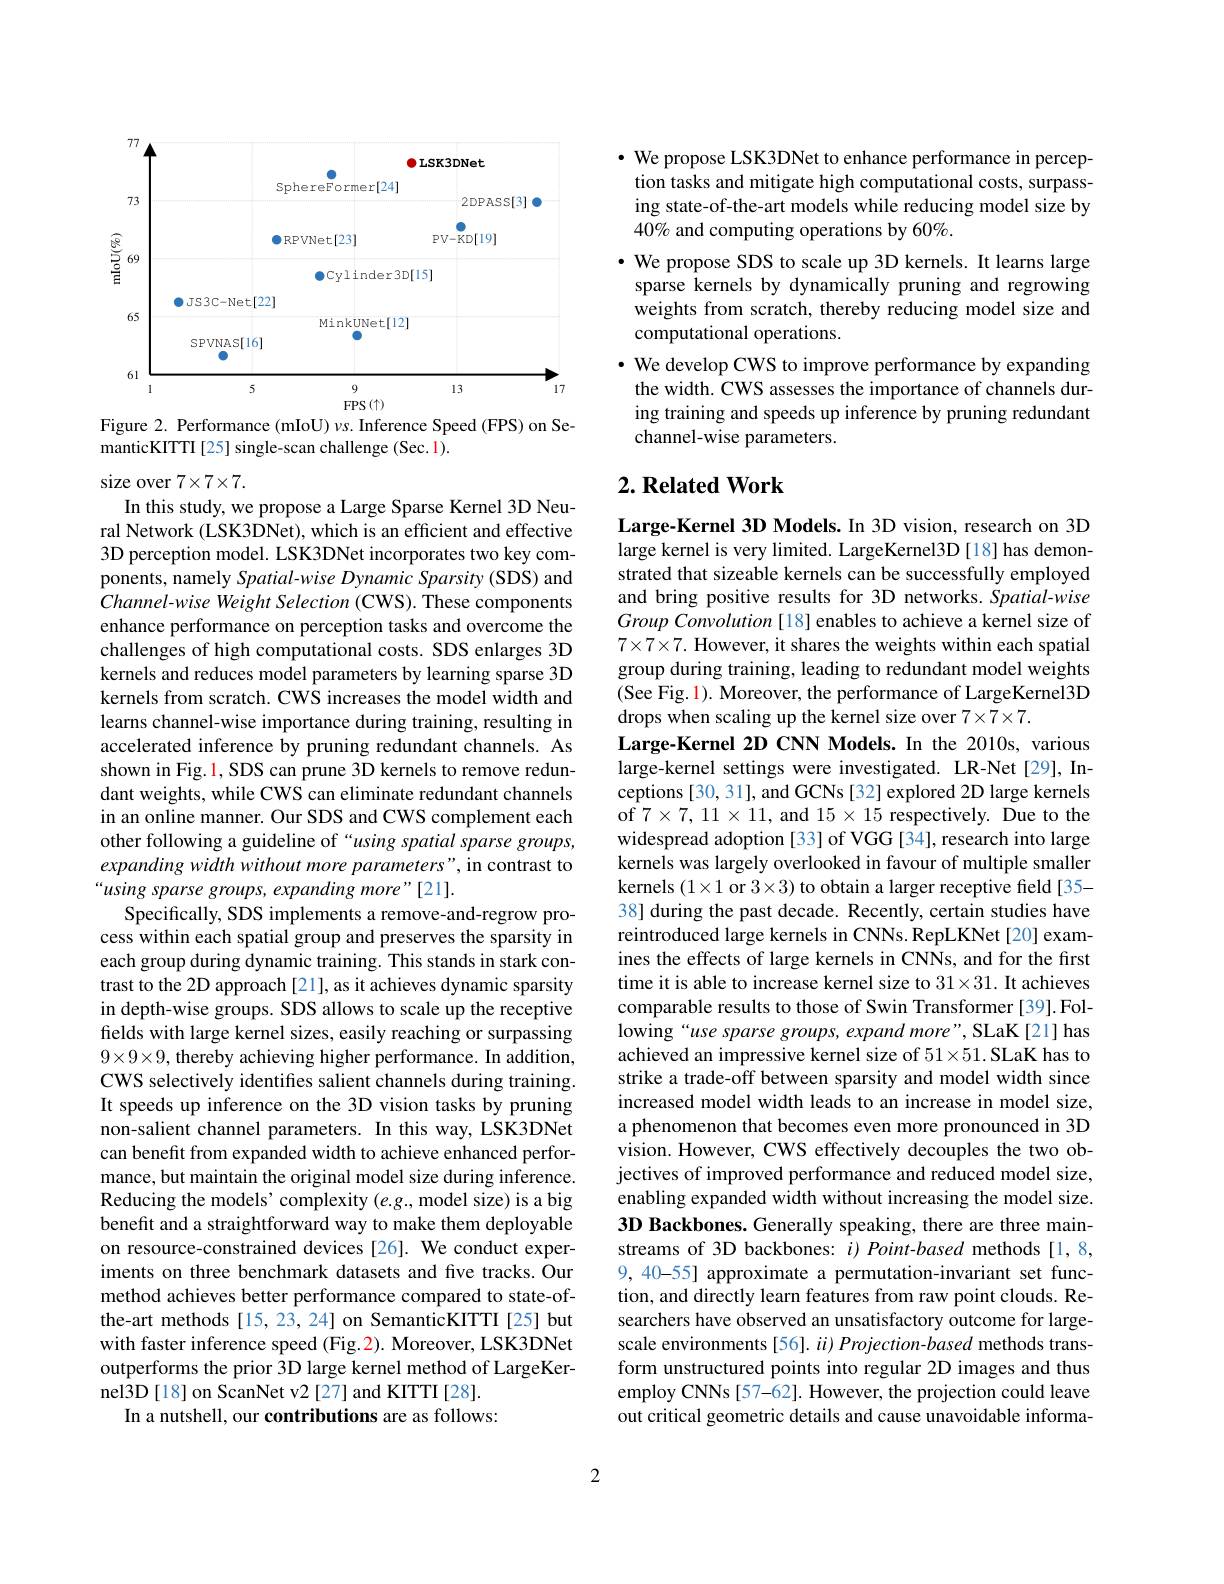
<FigureHere>
Figure 2. Performance (mIoU) $\nu s.$ Inference Speed (FPS) on Se-

manticKITTI [25] single-scan challenge (Sec. 1).

size over $7\times7\times7.$
In this study, we propose a Large Sparse Kernel 3D Neural Network (LSK3DNet), which is an efficient and effective 3D perception model. LSK3DNet incorporates two key components, namely Spatial-wise Dynamic Sparsity (SDS) and Channel-wise Weight Selection (CWS). These components enhance performance on perception tasks and overcome the challenges of high computational costs. SDS enlarges 3D kernels and reduces model parameters by learning sparse 3D kernels from scratch. CWS increases the model width and learns channel-wise importance during training, resulting in accelerated inference by pruning redundant channels. As shown in Fig. 1, SDS can prune 3D kernels to remove redundant weights, while CWS can eliminate redundant channels in an online manner. Our SDS and CWS complement each other following a guideline of“using spatial sparse groups, expanding width without more parameters", in contrast to “using sparse groups, expanding more"[21].
Specifically, SDS implements a remove-and-regrow process within each spatial group and preserves the sparsity in each group during dynamic training. This stands in stark contrast to the 2D approach [21], as it achieves dynamic sparsity in depth-wise groups. SDS allows to scale up the receptive fields with large kernel sizes, easily reaching or surpassing $9\times9\times9$, thereby achieving higher performance. In addition, CWS selectively identifies salient channels during training. It speeds up inference on the 3D vision tasks by pruning non-salient channel parameters. In this way, LSK3DNet can benefit from expanded width to achieve enhanced performance, but maintain the original model size during inference. Reducing the models' complexity (e.g., model size) is a big benefit and a straightforward way to make them deployable on resource-constrained devices [26]. We conduct experiments on three benchmark datasets and five tracks. Our method achieves better performance compared to state-ofthe-art methods [15,23,24] on SemanticKITTI[25] but with faster inference speed (Fig.2). Moreover, LSK3DNet outperforms the prior 3D large kernel method of LargeKernel3D[18] on ScanNet v2[27] and KITTI[28].
In a nutshell, our contributions are as follows:

$\cdot$ We propose LSK3DNet to enhance performance in perception tasks and mitigate high computational costs, surpassing state-of-the-art models while reducing model size by 40% and computing operations by 60%.
$\bullet$ We propose SDS to scale up 3D kernels. It learns large sparse kernels by dynamically pruning and regrowing weights from scratch, thereby reducing model size and computational operations.
· We develop CWS to improve performance by expanding
the width. CWS assesses the importance of channels during training and speeds up inference by pruning redundant channel-wise parameters.

## $2. \textbf{ Related Work}$

Large-Kernel 3D Models. In 3D vision, research on 3D large kernel is very limited. LargeKernel3D [18] has demonstrated that sizeable kernels can be successfully employed and bring positive results for 3D networks. Spatial-wise Group Convolution [18] enables to achieve a kernel size of $7\times7\times7.$ However, it shares the weights within each spatial group during training, leading to redundant model weights (See Fig. 1). Moreover, the performance of LargeKernel3D drops when scaling up the kernel size over 7×7×7.
Large-Kernel 2D CNN Models. In the 2010s, various large-kernel settings were investigated. LR-Net [29], Inceptions [30, 31], and GCNs [32] explored 2D large kernels of $7\times7,11\times11$,and $15\times15$ respectively. Due to the widespread adoption [33] of VGG [34], research into large kernels was largely overlooked in favour of multiple smaller kernels $(1\times1$ or $3\times3)$ to obtain a larger receptive field [35- 38] during the past decade. Recently, certain studies have reintroduced large kernels in CNNs. RepLKNet [20] examines the effects of large kernels in CNNs, and for the first time it is able to increase kernel size to $31\times31.$ It achieves comparable results to those of Swin Transformer [39].Following “use sparse groups, expand more”, SLaK[21] has achieved an impressive kernel size of $51\times51.$ SLaK has to strike a trade-off between sparsity and model width since increased model width leads to an increase in model size, a phenomenon that becomes even more pronounced in 3D vision. However, CWS effectively decouples the two objectives of improved performance and reduced model size, enabling expanded width without increasing the model size. 3D Backbones. Generally speaking, there are three mainstreams of 3D backbones: $i) \textit{Point- based methods[ 1, 8, }$ 9,40-55] approximate a permutation-invariant set function, and directly learn features from raw point clouds. Researchers have observed an unsatisfactory outcome for largescale environments [56]. $ii) \textit{Projection- based methods trans- }$ form unstructured points into regular 2D images and thus employ CNNs [57-62]. However, the projection could leave out critical geometric details and cause unavoidable informa-

2